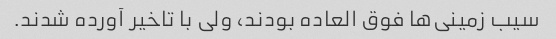
سیب زمینی‌ها فوق العاده بودند، ولی با تاخیر آورده شدند.